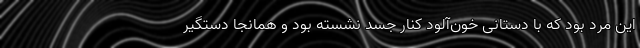
این مرد بود که با دستانی خون‌آلود کنار جسد نشسته بود و همانجا دستگیر